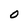
Character: O